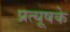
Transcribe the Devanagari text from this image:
प्रत्यूषके